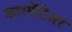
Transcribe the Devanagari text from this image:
कारपेंटिअर